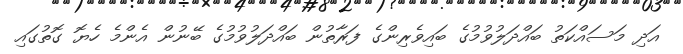
އަދި މަސައްކަތު ބައްދަލުވުމުގެ ބައިވެރިންގެ ފަރާތުން ބައްދަލުވުމުގެ ބޭނުން އެންމެ ހެޔޮ ގޮތުގައި